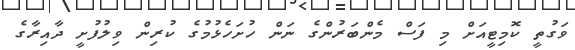
ވަގުތީ ކޮމިޓީއަށް މި ފަސް މެންބަރުންގެ ނަން ހުށަހެޅުމުގެ ކުރިން ވިލުފުށީ ދާއިރާގެ